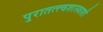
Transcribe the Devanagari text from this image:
पुरातत्त्वशास्त्राशी